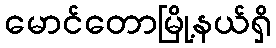
မောင်တောမြို့နယ်ရှိ